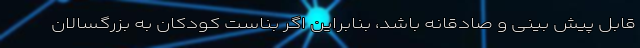
قابل پیش بینی و صادقانه باشد، بنابراین اگر بناست کودکان به بزرگسالان